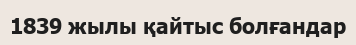
1839 жылы қайтыс болғандар